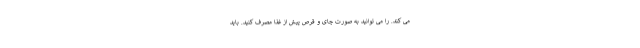
می کند. را می توانید به صورت چای و قرص پیش از غذا مصرف کنید. باید